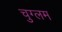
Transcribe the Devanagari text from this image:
चुग्लम